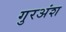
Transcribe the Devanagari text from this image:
गुरअंश